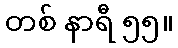
တစ် နာရီ ၅၅။